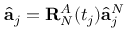
\hat { \mathbf { a } } _ { j } = \mathbf { R } _ { N } ^ { A } ( t _ { j } ) \hat { \mathbf { a } } _ { j } ^ { N }